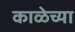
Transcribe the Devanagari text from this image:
काळेच्या